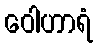
ဝေါဟာရံ